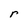
Character: r